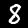
Digit: 8